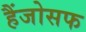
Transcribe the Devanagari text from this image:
हैंजोसफ